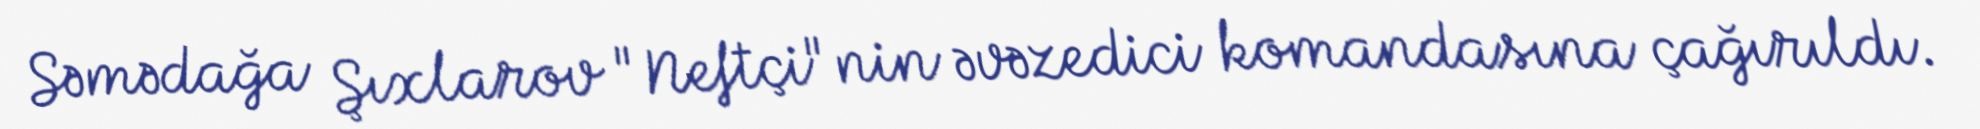
Səmədağa Şıxlarov "Neftçi"nin əvəzedici komandasına çağırıldı.